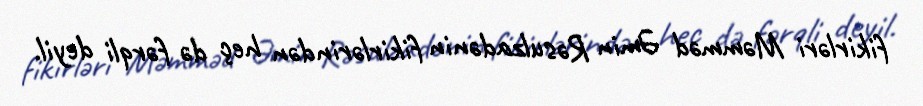
fikirləri Məmməd Əmin Rəsulzadənin fikirlərindən heç də fərqli deyil.